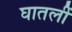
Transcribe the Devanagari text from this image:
घातलीं